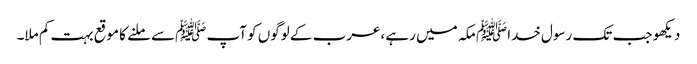
دیکھو جب تک رسول خداﷺ مکہ میں رہے ،عرب کے لوگوں کو آپ ﷺسے ملنے کا موقع بہت کم ملا۔